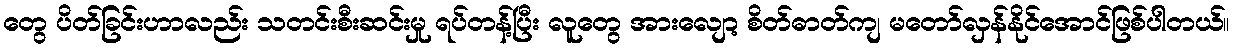
တွေ ပိတ်ခြင်းဟာလည်း သတင်းစီးဆင်းမှု ရပ်တန့်ပြီး လူတွေ အားလျော့ စိတ်ဓာတ်ကျ မတော်လှန်နိုင်အောင်ဖြစ်ပါတယ်။